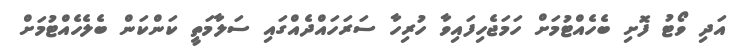
އަދި ވޯޓު ފޮށި ބެހެއްޓުމަށް ހަމަޖެހިފައިވާ ހުރިހާ ސަރަހައްދެއްގައި ސަލާމަތީ ކަންކަން ބެލެހެއްޓުމަށް